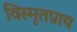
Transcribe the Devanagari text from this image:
विस्मृतप्राय